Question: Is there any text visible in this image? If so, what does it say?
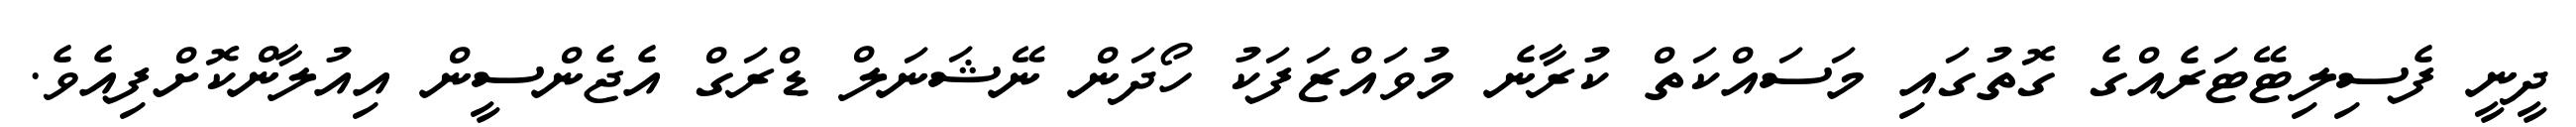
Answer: ދީނީ ފެސިލިޓޭޓަރެއްގެ ގޮތުގައި މަސައްކަތް ކުރާނެ މުވައްޒަފަކު ހޯދަން ނޭޝަނަލް ޑްރަގް އެޖެންސީން އިއުލާންކޮށްފިއެވެ.